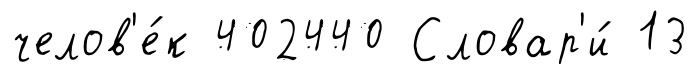
челов'е́к 402440 Словар'и́ 13